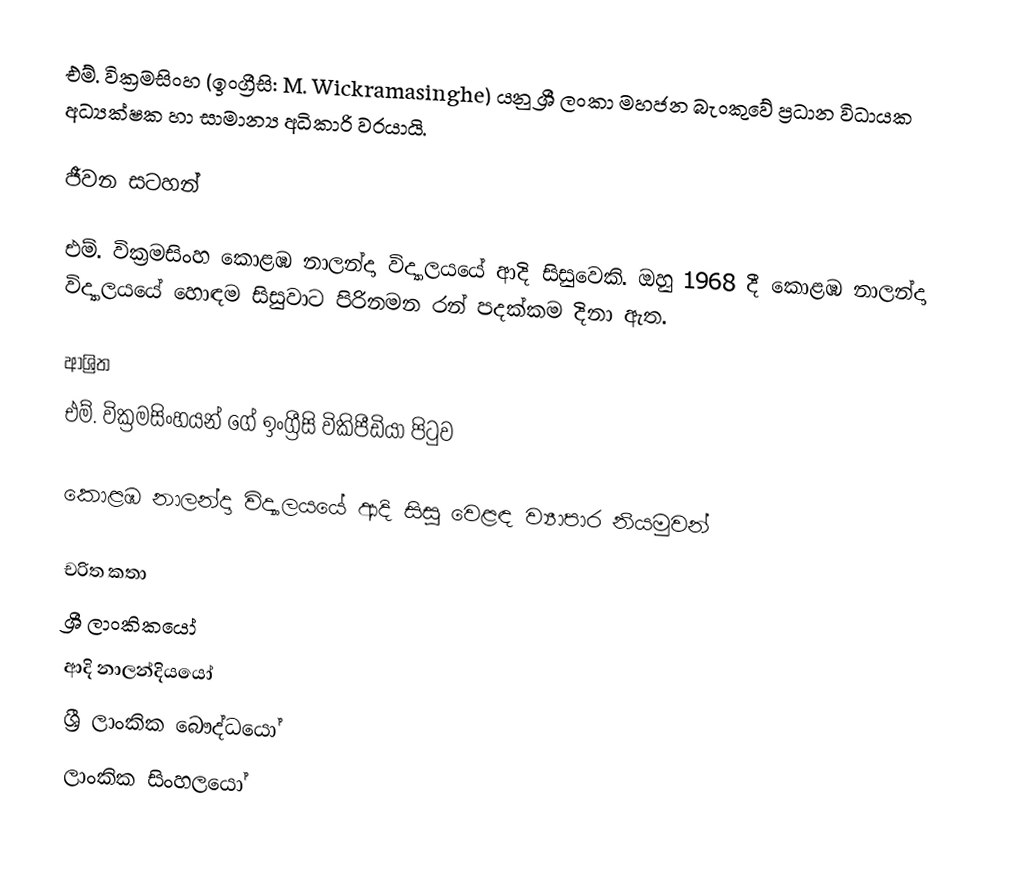
එම්. වික්‍රමසිංහ (ඉංග්‍රීසි: M. Wickramasinghe) යනු  ශ්‍රී ලංකා මහජන බැංකුවේ ප්‍රධාන විධායක අධ්‍යක්ෂක හා සාමාන්‍ය අධිකාරි වරයායි.

ජීවන සටහන්

එම්. වික්‍රමසිංහ   කොළඹ නාලන්දා විද්‍යාලයයේ ආදි සිසුවෙකි.  ඔහු 1968 දී   කොළඹ නාලන්දා විද්‍යාලයයේ හොඳම සිසුවාට පිරිනමන රන් පදක්කම දිනා ඇත.

ආශ්‍රිත
  එම්. වික්‍රමසිංහයන් ගේ ඉංග්‍රීසි විකිපීඩියා පිටුව

 කොළඹ නාලන්දා විද්‍යාලයයේ ආදි සිසු වෙළඳ ව්‍යාපාර නියමුවන්

චරිත කතා
ශ්‍රී ලාංකිකයෝ
ආදි නාලන්දියයෝ
ශ්‍රී ලාංකික බෞද්ධයෝ
ලාංකික සිංහලයෝ